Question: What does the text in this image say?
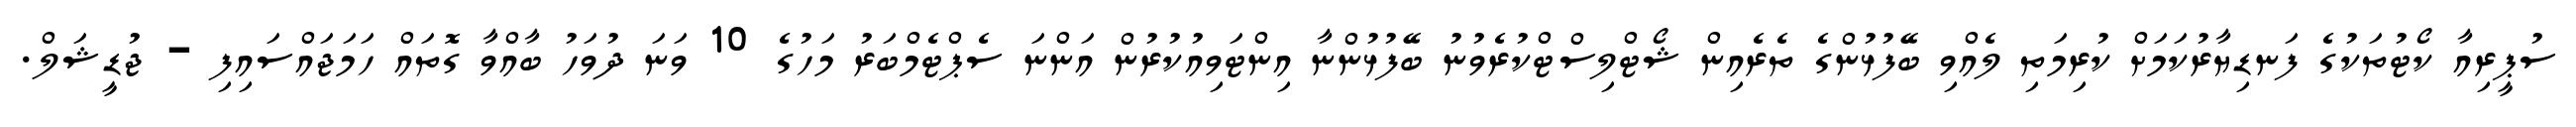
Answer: ސުޕީރިއާ ކޯޓުތަކުގެ ފަނޑިޔާރުކަމަށް ކުރިމަތި ލެއްވި ބޭފުޅުންގެ ތެރެއިން ޝޯޓްލިސްޓްކުރެވުނު ބޭފުޅުންނާ އިންޓަވިއުކުރުން އަންނަ ސެޕްޓެމްބަރު މަހުގެ 10 ވަނަ ދުވަހު ބާއްވާ ގޮތައް ހަމަޖައްސައިފި - ޖުޑީޝަލް.